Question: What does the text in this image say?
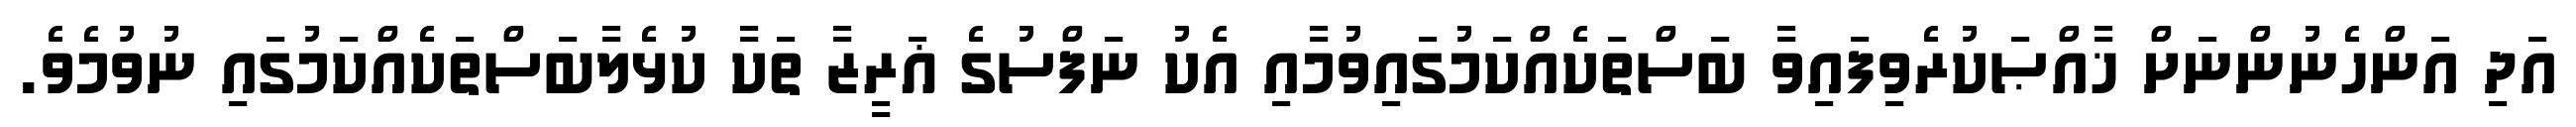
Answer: އަދި އަންހެނުންނަށް ޚާއްޞަކުރެވިފައިވާ ބަސްތަކެއްކަމުގައިވުމާއި އެކު ނަފްސުގެ ޣަރީޒާ ތަކާ ކުޅެލާބަސްތަކެއްކަމުގައި ނުވުމެވެ.